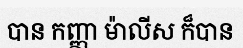
បាន កញ្ញា ម៉ាលីស ក៏បាន